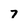
Character: 7